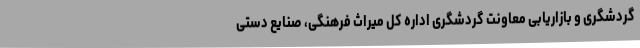
گردشگری و بازاریابی معاونت گردشگری اداره کل میراث فرهنگی، صنایع دستی